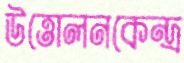
উত্তোলনকেন্দ্র